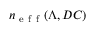
n _ { \mathrm { ~ e ~ f ~ f ~ } } ( \Lambda , D C )